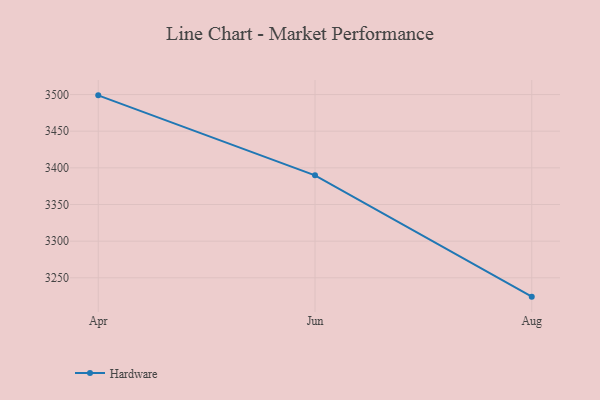
{"axis": {"x": "Month", "y": "Active Users"}, "legend": ["Hardware"], "data": [{"x": "Apr", "y": 3498.9, "type": "Hardware"}, {"x": "Jun", "y": 3389.8, "type": "Hardware"}, {"x": "Aug", "y": 3224.3, "type": "Hardware"}]}